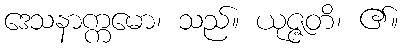
ဒေသနာက္ကမော၊ သည်။ ယုဇ္ဇတိ၊ ၏။